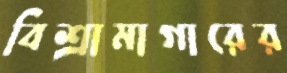
বিশ্রামাগারের